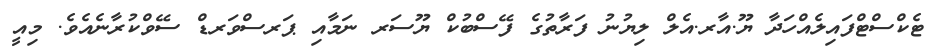
ޓެކްސްޓްފައިލެއްހަދާ ޔޫ.އާރ.އެލް ލިޔުނު ފަރާތުގެ ފޭސްބުކް ޔޫސަރ ނަމާއި ޕަރސްވަރޑް ސޭވްކުރާނެއެވެ. މިއީ